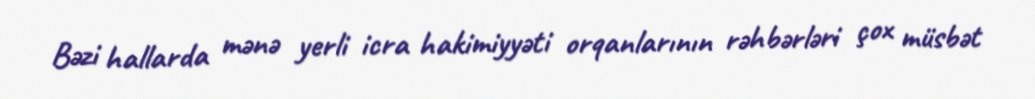
Bəzi hallarda mənə yerli icra hakimiyyəti orqanlarının rəhbərləri çox müsbət